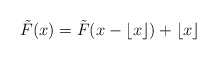
\begin{align*}\tilde{F} (x) = \tilde{F} ( x - \lfloor x \rfloor ) + \lfloor x \rfloor\end{align*}